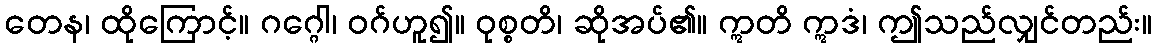
တေန၊ ထိုကြောင့်။ ဂဂ္ဂေါ၊ ဝဂ်ဟူ၍။ ဝုစ္စတိ၊ ဆိုအပ်၏။ ဣတိ ဣဒံ၊ ဤသည်လျှင်တည်း။